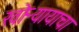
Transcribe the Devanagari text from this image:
खोऱ्यायाचा